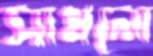
সাধলো